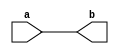
// Name: Yaohong Sabotinova 

module Transfer(a,b); 
output [7:0]b;
input [7:0]a; 

// reg [15:0]z;
reg [7:0] y;
reg [7:0] b;
integer i; 

always @(*)
begin 
  y=a;
  b=0;
  for(i=0;i<8;i=i+1)
  begin
      b[i]= y[i]; 
  end
end
endmodule